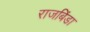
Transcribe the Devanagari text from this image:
राजबिंडा